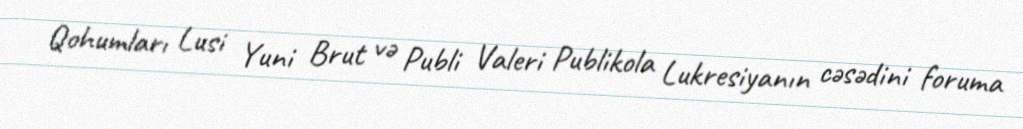
Qohumları Lusi Yuni Brut və Publi Valeri Publikola Lukresiyanın cəsədini foruma